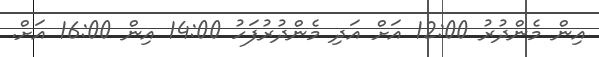
އިން މެންދުރު 12:00 އަށް އަދި މެންދުރުފަހު 14:00 އިން 16:00 އަށް.